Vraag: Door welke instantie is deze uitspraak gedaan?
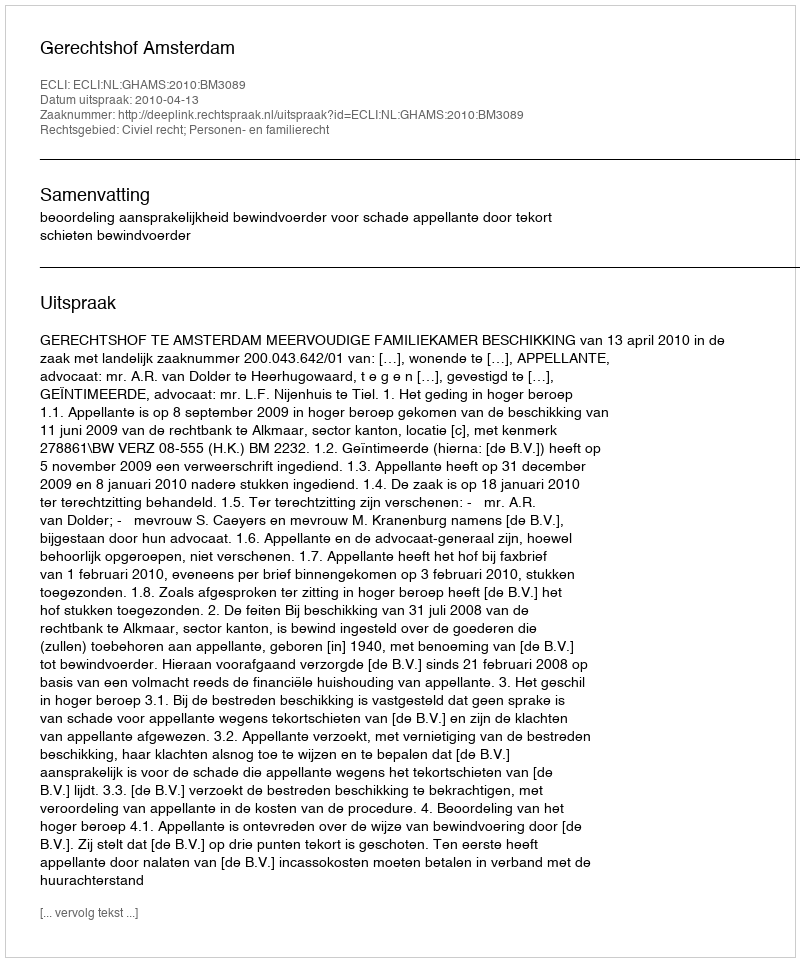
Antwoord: Gerechtshof Amsterdam